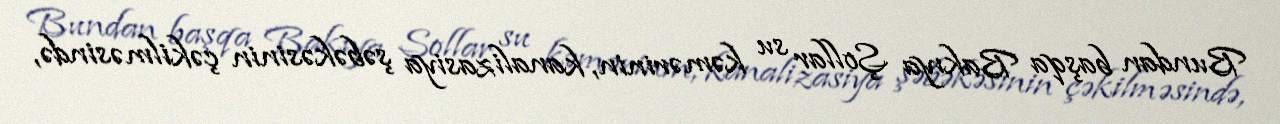
Bundan başqa Bakıya Şollar su kəmərinin, kanalizasiya şəbəkəsinin çəkilməsində,